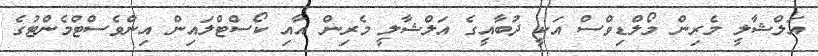
އަލްޝާލީ މެރިން މޯލްޑިވްސް އަކީ ދުބާއީގެ އަލްޝާލީ މެރިން އާއި ކޯސްޓްލައިން އިންވެސްޓްމެންޓުގެ